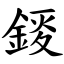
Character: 錽